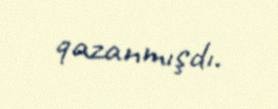
qazanmışdı.